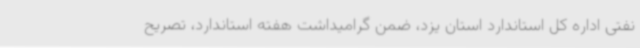
نفتی اداره کل استاندارد استان یزد، ضمن گرامیداشت هفته استاندارد، تصریح